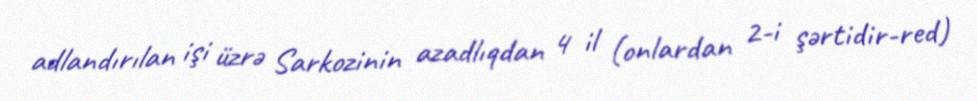
adlandırılan işi üzrə Sarkozinin azadlıqdan 4 il (onlardan 2-i şərtidir-red)